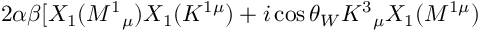
2 \alpha \beta \lbrack X _ { 1 } ( M ^ { 1 } { } _ { \mu } ) X _ { 1 } ( K ^ { 1 \mu } ) + i \cos \theta _ { W } K ^ { 3 } { } _ { \mu } X _ { 1 } ( M ^ { 1 \mu } )